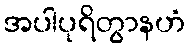
အပါပုရိတွာနဟံ